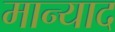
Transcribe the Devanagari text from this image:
मान्याद